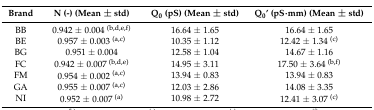
<table><thead><tr><td><b>Brand</b></td><td><b>N (-) (Mean ± std)</b></td><td><b>Q<sub>0</sub> (pS) (Mean ± std)</b></td><td><b>Q<sub>0</sub>’ (pS∙mm) (Mean ± std)</b></td></tr></thead><tbody><tr><td>BB</td><td>0.942 ± 0.004 <sup>(b,d,e,f)</sup></td><td>16.64 ± 1.65</td><td>16.64 ± 1.65</td></tr><tr><td>BE</td><td>0.957 ± 0.003 <sup>(a,c)</sup></td><td>10.35 ± 1.12</td><td>12.42 ± 1.34 <sup>(c)</sup></td></tr><tr><td>BG</td><td>0.951 ± 0.004</td><td>12.58 ± 1.04</td><td>14.67 ± 1.16</td></tr><tr><td>FC</td><td>0.942 ± 0.007 <sup>(b,d,e)</sup></td><td>14.95 ± 3.11</td><td>17.50 ± 3.64 <sup>(b,f)</sup></td></tr><tr><td>FM</td><td>0.954 ± 0.002 <sup>(a,c)</sup></td><td>13.94 ± 0.83</td><td>13.94 ± 0.83</td></tr><tr><td>GA</td><td>0.955 ± 0.007 <sup>(a,c)</sup></td><td>12.03 ± 2.86</td><td>14.08 ± 3.35</td></tr><tr><td>NI</td><td>0.952 ± 0.007 <sup>(a)</sup></td><td>10.98 ± 2.72</td><td>12.41 ± 3.07 <sup>(c)</sup></td></tr></tbody></table>